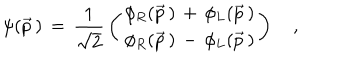
\psi ( \vec { p } \, ) \, = \, { \frac { 1 } { \sqrt { 2 } } } \left( \begin{array} { c c } { { \phi _ { R } ( \vec { p } \, ) \, + \, \phi _ { L } ( \vec { p } \, ) } } \\ { { \phi _ { R } ( \vec { p } \, ) \, - \, \phi _ { L } ( \vec { p } \, ) } } \\ \end{array} \right) \quad ,